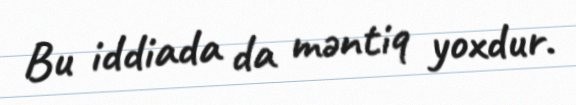
Bu iddiada da məntiq yoxdur.